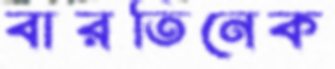
বারতিনেক